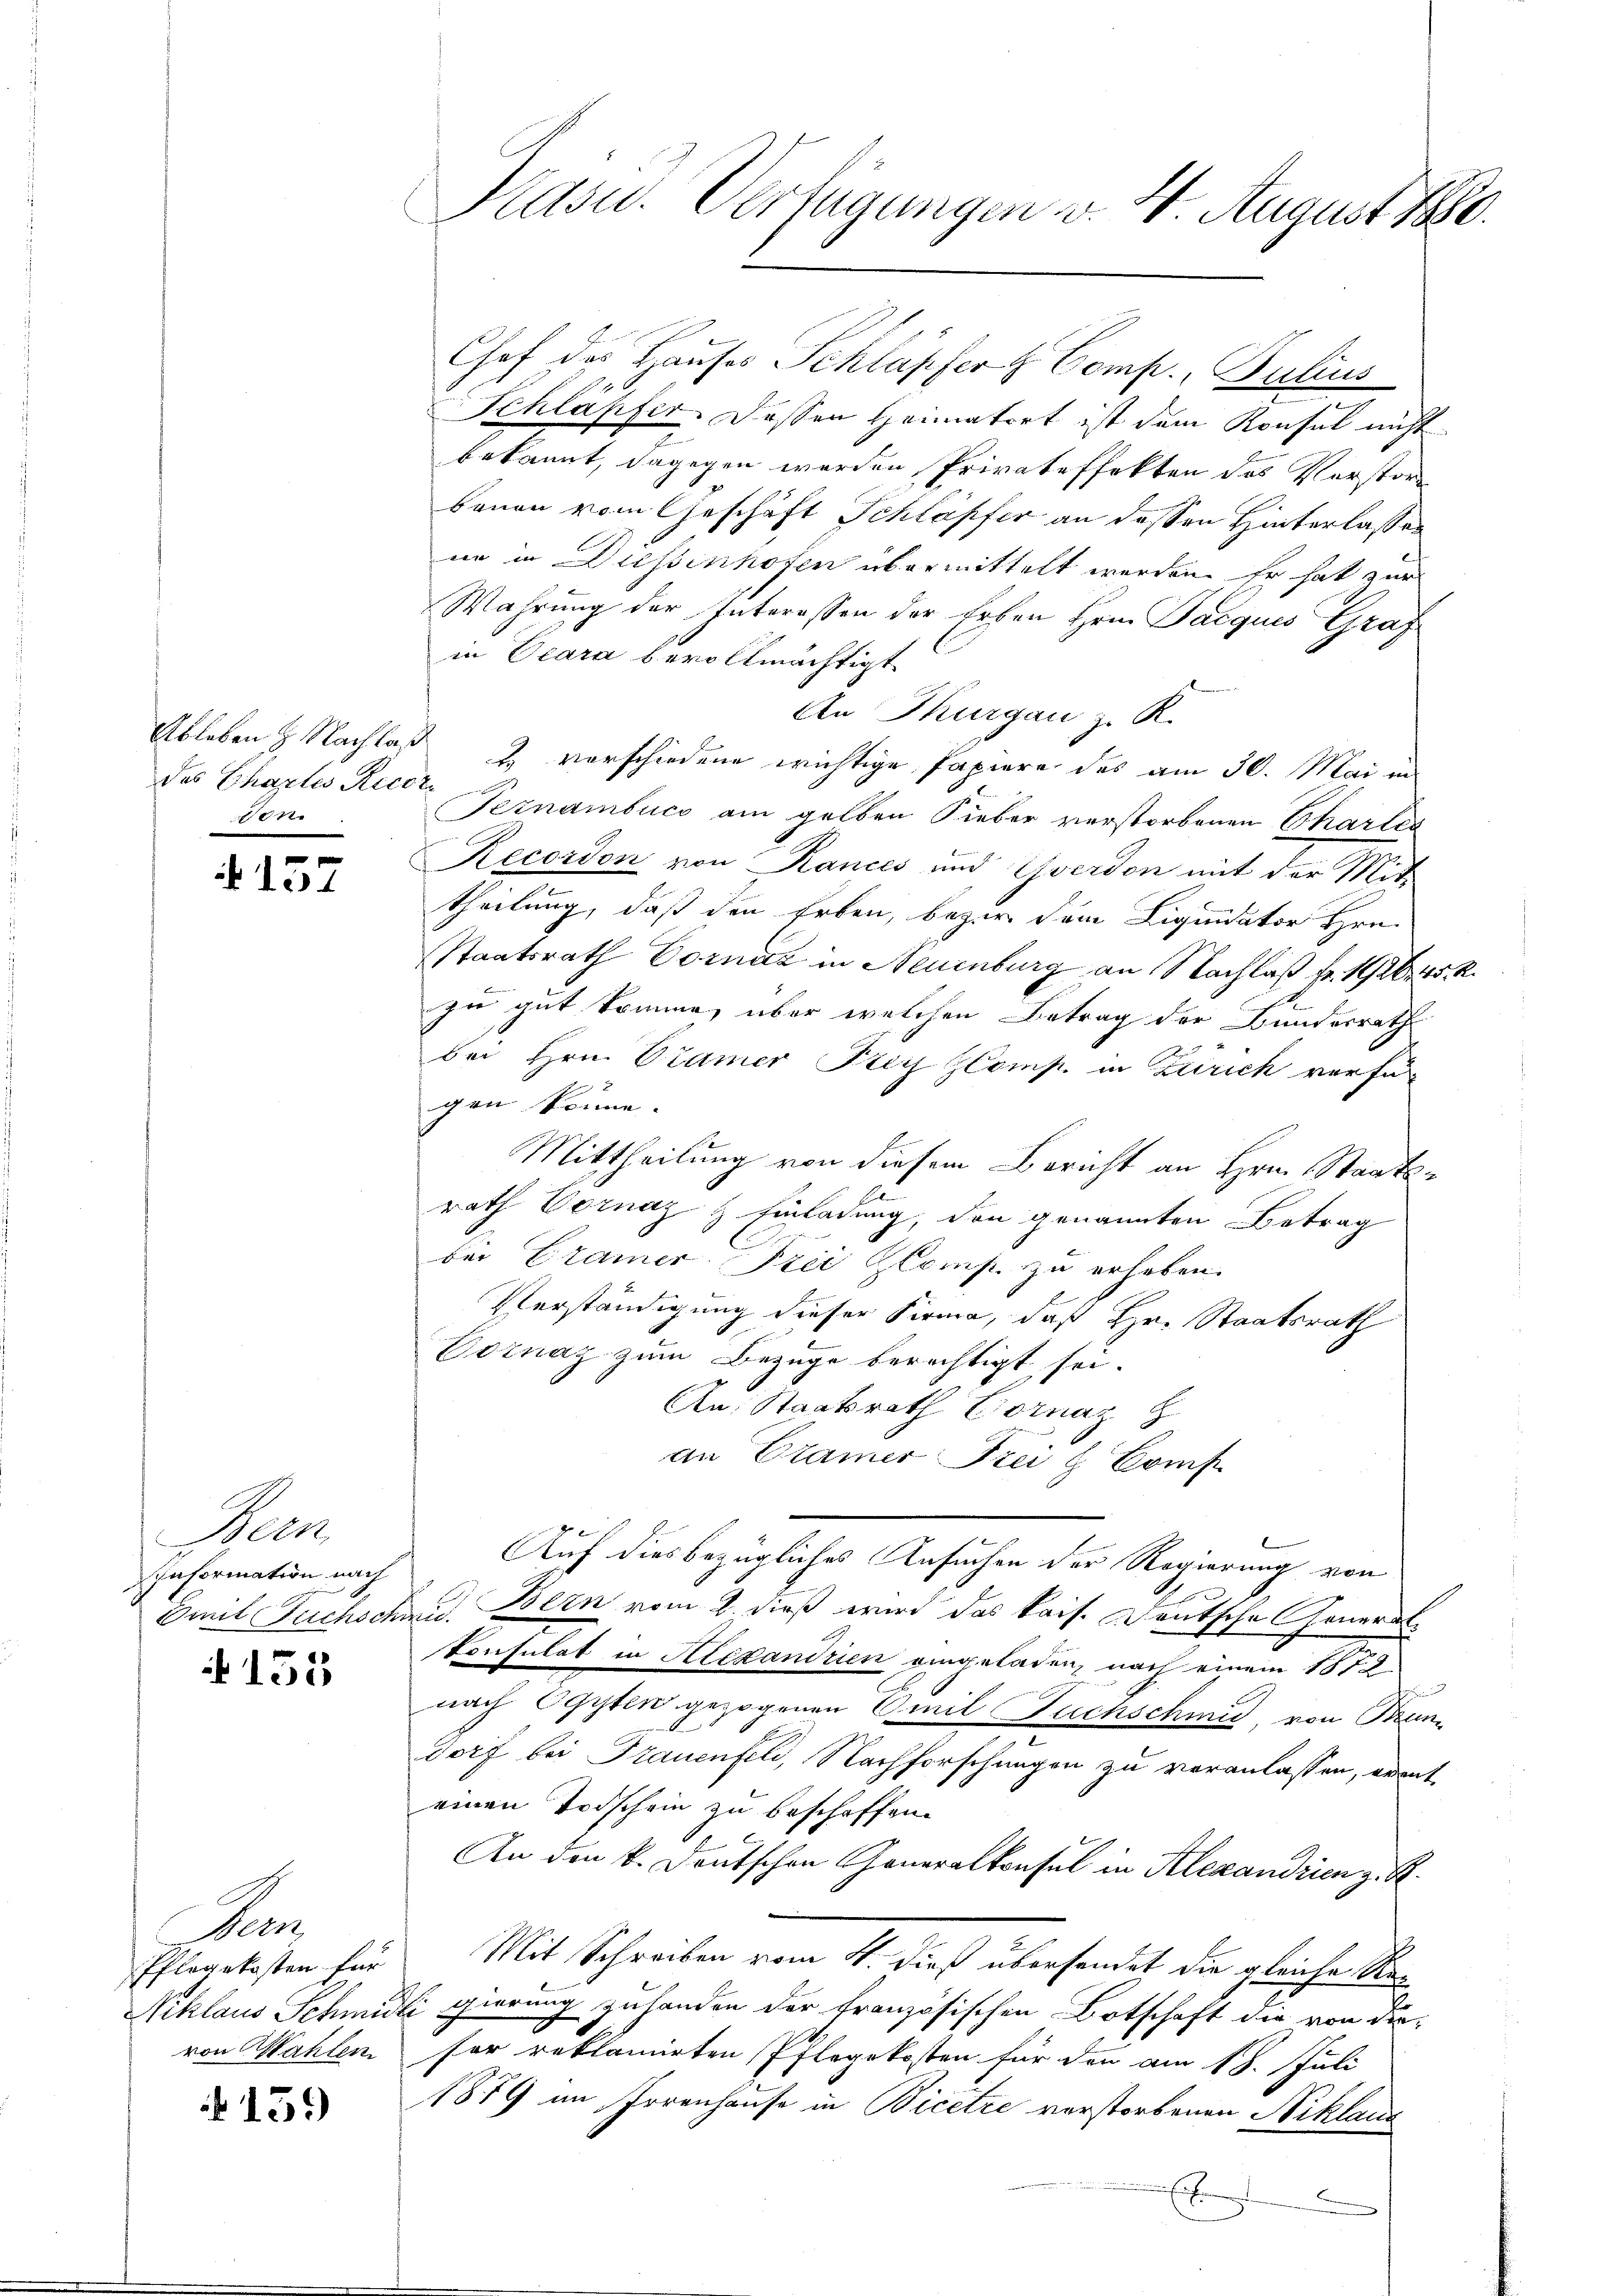
des Chartes Recori
von

157

Bern,
Information nach
Emmit Fuchsch

A 152

Dan
Pflegekosten für
Niklaus Schmide
von Wahlen.

159)

Kasu. Verfügungen v. 4. August 1880.

Chef des Hauses Schläpfer & Comp. Bulius
Schläpfer. Dessen Heimatort ist dem Konsul nicht
bekannt, dagegen werden Privateffekten des Verstor
bauen vom Geschäft Schläpfer an dessen Hinterlasse
ne in Diessenhofen übermittelt werden. Er hat zur
Wahrung der Interessen der Erben Hrn. Parques Graf
in Ocara bevollmächtigt
An Thurgau z. K.
Ableben H. Nachlaß 2 vorschiedene wichtige Papiere des am 30. Mai in
Pernambuch am gelben Sieber verstorbenen Chartes
Recorden von Rances und Yverdon mit der Mitt
theilung, daß den Erben, bezer dem Liquidator Hrn.
Staatsrath Dornaz in Neuenburg an Nachlaß fr. 12645, 2.
zu gut komme, über welchen Betrag der Bundesrath
bei Hrn. Cramer Frey Comp. in Zürich verfügen könne.
Mittheilung von diesem Bericht an Hrn. Staats-
rath Vornaz & Einladung, den genannten Betrag
bei Cramer Steć Glomp zu erheben.
Verständigung dieser Firma, daß Hr. Staatsrath
Bornaz zum Bezüge berechtigt sei.
An Staatsrath Cornaz
an Cramer Frei & Conf
Auf diesbezügliches Ansuchen der Regierung von
dd. Bern vom 2 dieß wird das kais. Deutsche Generalkonsulat in Alexandrien eingeladen, nach einem 1812.

nach Ogyten gezogenen Emil Fuchschmid von Fran
dorf bei Frauenfeld, Nachforschungen zu veranlassen, ermit
einen Todschein zu beschaffen.
An den k. Deutschen Generalkonsul in Alexandrien z. B.
Mit Schreiben vom 11. dieß übersendet die gleiche Re¬
Ei gierung zuhanden der französischen Botschaft die von die-
for reklamirten Pflegekosten für den am 18. Juli
1879 im Irrenhause in Bicetze verstorbenen Niklaus
.